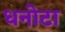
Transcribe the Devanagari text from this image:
धनोटा